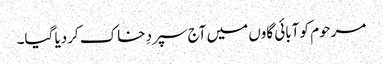
مرحوم کو آبائی گاوں میں آج سپردِ خاک کردیا گیا۔